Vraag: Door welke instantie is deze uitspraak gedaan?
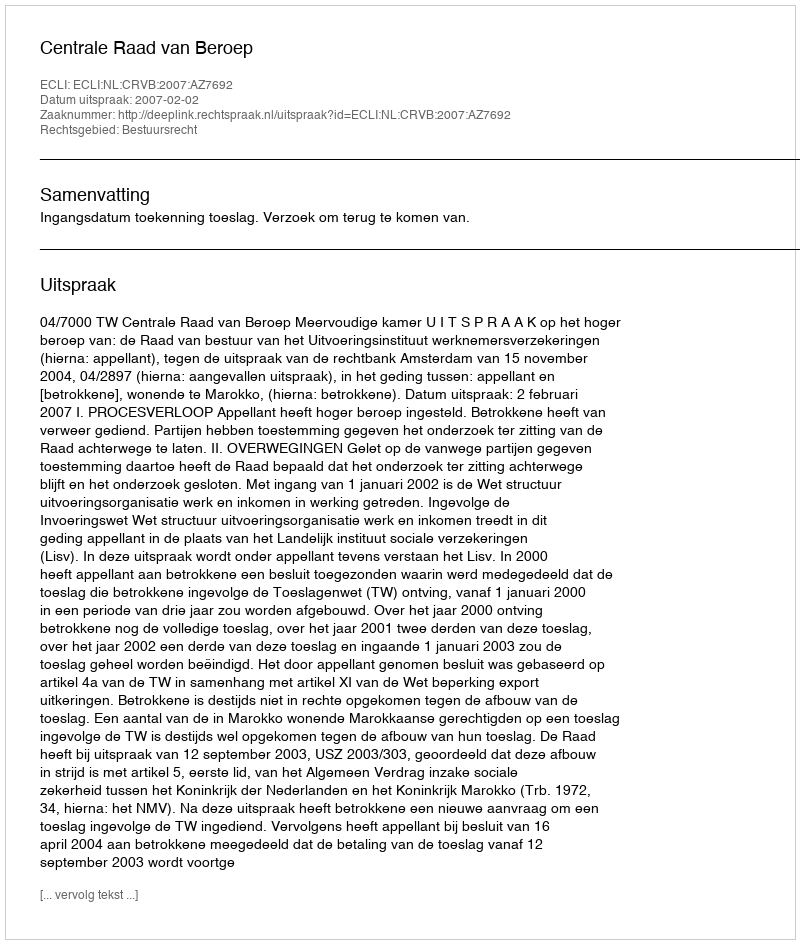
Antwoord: Centrale Raad van Beroep